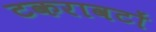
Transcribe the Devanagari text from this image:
टकरावटों